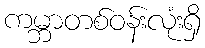
ကမ္ဘာတစ်ဝန်းလုံးရှိ